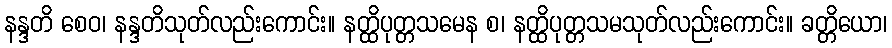
နန္ဒတိ စေဝ၊ နန္ဒတိသုတ်လည်းကောင်း။ နတ္ထိပုတ္တသမေန စ၊ နတ္ထိပုတ္တသမသုတ်လည်းကောင်း။ ခတ္တိယော၊